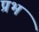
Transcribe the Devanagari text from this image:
प्रभं